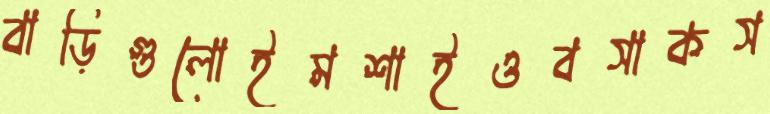
বাড়িগুলোইমশাইওবসাকস